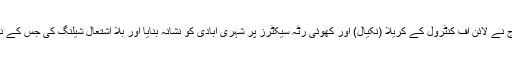
پاک فوج کے شعبہ تعلقات عامہ آئی ایس پی آر کی جانب سے جاری بیان کے مطابق بھارتی فوج نے لائن آف کنٹرول کے کریلا (نکیال) اور کھوئی رٹہ سیکٹرز پر شہری آبادی کو نشانہ بنایا اور بلا اشتعال شیلنگ کی جس کے نتیجے میں کریلا میں ایک خاتون شہید جبکہ کھوئی رٹہ سیکٹر میں ایک خاتون شدید زخمی ہوئی۔